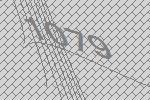
1079